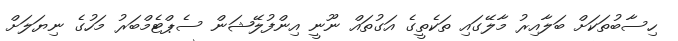
ހިސާބުތަކަށް ބަލާއިރު މާލޭގައި ތަކެތީގެ އަގުތައް ނޫނީ އިންފުލޭޝަން ސެޕްޓެމްބަރު މަހުގެ ނިޔަލަށް